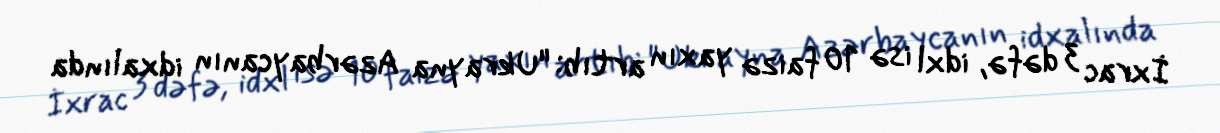
İxrac 3 dəfə, idxl isə 10 faizə yaxın artıb: "Ukrayna Azərbaycanın idxalında